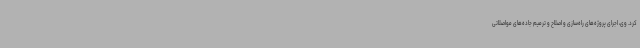
کرد. وی، اجرای پروژه‌های راه‌سازی و اصلاح و ترمیم جاده‌های مواصلاتی